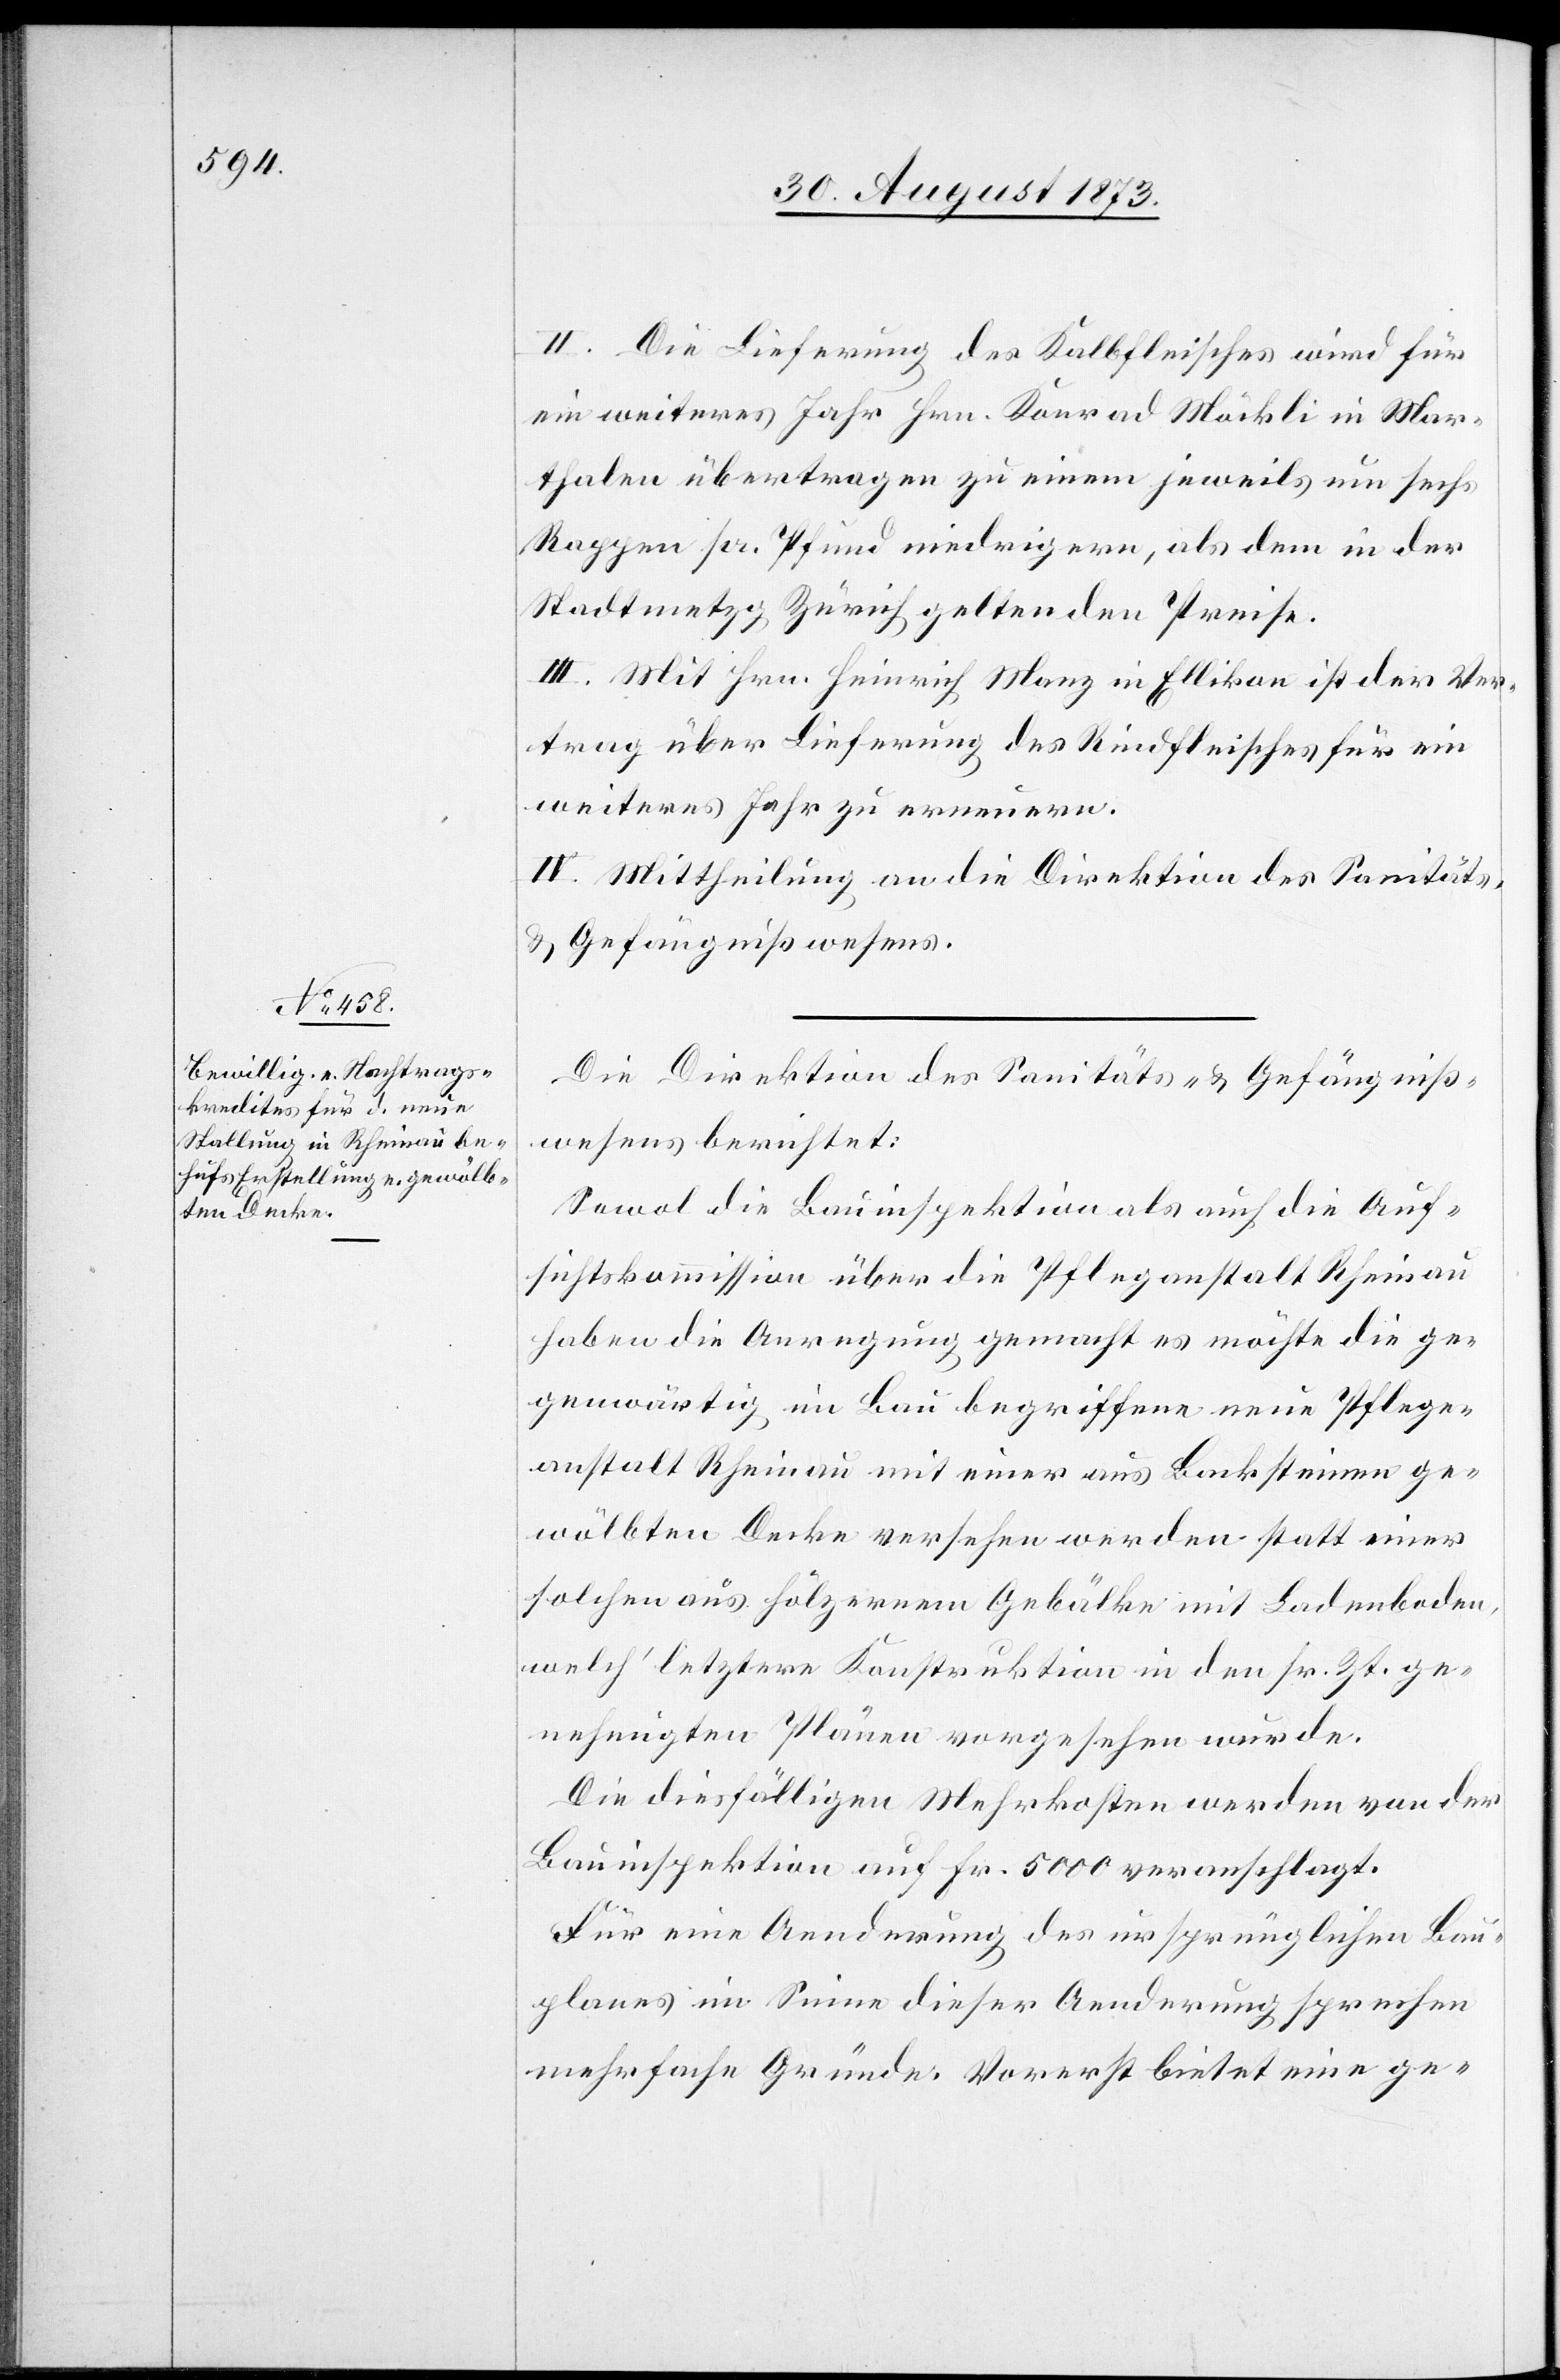
II. Die Lieferung des Kalbfleisches wird für
ein weiteres Jahr Hrn. Konrad Möckli in Mar¬
thalen übertragen zu einem jeweils um sechs
Rappen pr. Pfund niedrigern, als dem in der
Stadtmetzg Zürich geltenden Preise.
III. Mit Hrn. Heinrich Manz in Ellikon ist der Ver¬
trag über Lieferung des Rindfleisches für ein
weiteres Jahr zu erneuern.
IV. Mittheilung an die Direktion des Sanitäts-
& Gefängnißwesens.
Die Direktion des Sanitäts- & Gefängniß¬
wesens berichtet:
Sowol die Bauinspektion als auch die Auf¬
sichtskommission über die Pfleganstalt Rheinau
haben die Anregung gemacht es möchte die ge¬
genwärtig im Bau begriffene neue Pflege¬
anstalt Rheinau mit einer aus Backsteinen ge¬
wölbten Decke versehen werden statt einer
solchen aus hölzernem Gebälke mit Ladenboden,
welch’ letztere Konstruktion in den sr. Zt. ge¬
nehmigten Plänen vorgesehen wurde.
Die diesfälligen Mehrkosten werden von der
Bauinspektion auf Fr. 5 000 veranschlagt.
Für eine Aenderung des ursprünglichen Bau¬
planes im Sinne dieser Aenderung sprechen
mehrfache Gründe. Vorerst bietet eine ge-